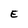
Character: E